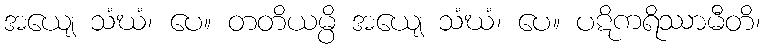
အယျေ သံဃံ၊ ပေ။ တတိယမ္ပိ အယျေ သံဃံ၊ ပေ။ ပဋိကရိဿာမီတိ၊